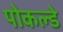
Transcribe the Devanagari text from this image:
पोकल्डे